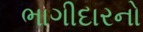
ભાગીદારનો